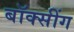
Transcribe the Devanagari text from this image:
बॉक्सींग